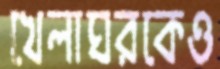
খেলাঘরকেও